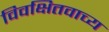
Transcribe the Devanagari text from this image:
विवक्षितवाच्य